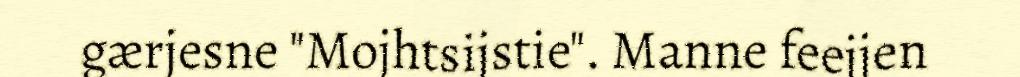
gærjesne "Mojhtsijstie". Manne feejjen